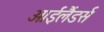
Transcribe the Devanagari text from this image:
आईलैंडर्स